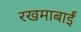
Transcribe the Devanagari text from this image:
रखमाबाईं